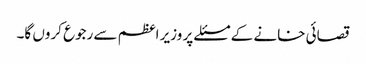
قصائی خانے کے مسئلے پر وزیر اعظم سے رجوع کروں گا۔